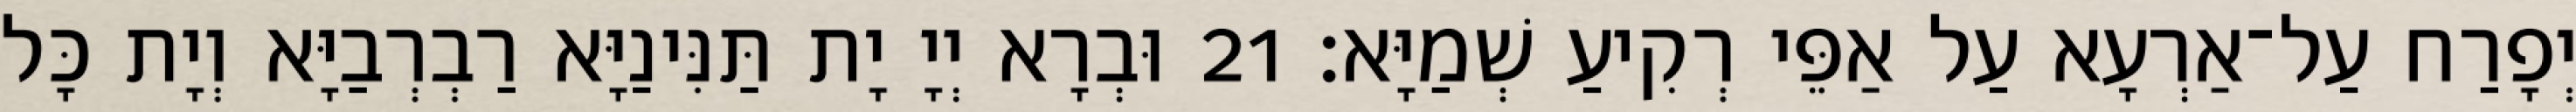
יְפָרַח עַל־אַרְעָא עַל אַפֵּי רְקִיעַ שְׁמַיָּא׃ 21 וּבְרָא יְיָ יָת תַּנִּינַיָּא רַבְרְבַיָּא וְיָת כָּל